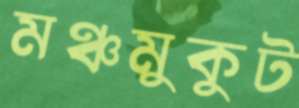
মঞ্চমুকুট